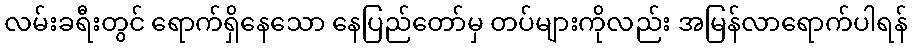
လမ်းခရီးတွင် ရောက်ရှိနေသော နေပြည်တော်မှ တပ်များကိုလည်း အမြန်လာရောက်ပါရန်